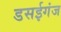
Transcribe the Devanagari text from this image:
डसईगंज